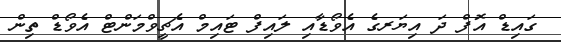
ގައިޑް އޮފް ދަ އިޔަރގެ އެވޯޑާއި ލައިފް ޓައިމް އެޗީވްމަންޓް އެވޯޑް ތިން